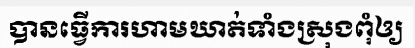
បានធ្វើការហាមឃាត់ទាំងស្រុងពុំឲ្យ